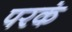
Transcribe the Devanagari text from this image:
परकं